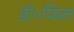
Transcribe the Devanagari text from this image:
डी॰फिल